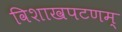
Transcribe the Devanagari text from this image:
विशाखपटणम्‌